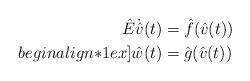
LaTeX: \begin{align*} \hat{E} \dot{\hat{v}}(t) & = \hat{f}(\hat{v}(t)) \\begin{align*}1ex] \hat{w}(t) & = \hat{g}(\hat{v}(t)) \end{align*}